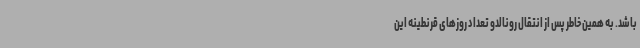
باشد. به همین خاطر پس از انتقال رونالدو تعداد روزهای قرنطینه این